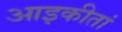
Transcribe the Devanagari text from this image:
आइकीतां